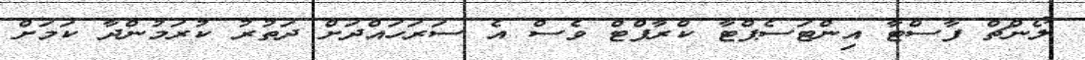
ލޯންޗް ފާސްޓާ އިންޓަސެޕްޓާ ކްރާފްޓް ވެސް އެ ސަރަހައްދަށް ދަތުރު ކުރަމުންދާ ކަމަށް